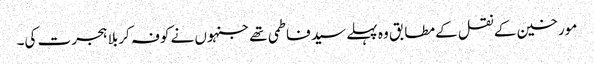
مورخین کے نقل کے مطابق وہ پہلے سید فاطمی تھے جنہوں نے کوفہ کربلا ہجرت کی۔